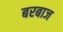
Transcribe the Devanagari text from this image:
बरबाज